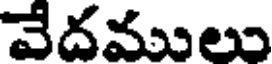
వేదములు